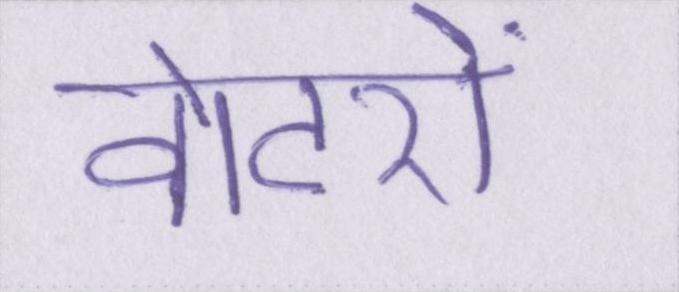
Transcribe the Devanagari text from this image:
वोटरों